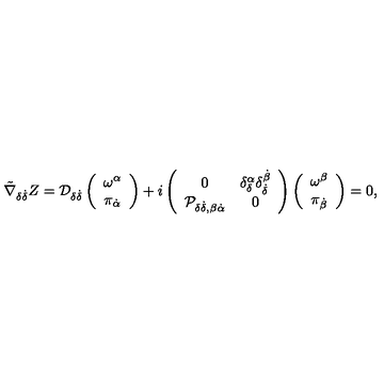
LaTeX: \tilde { \nabla } _ { \delta \dot { \delta } } Z = { \cal D } _ { \delta \dot { \delta } } \left( \begin{array} { c } { \omega ^ { \alpha } } \\ { \pi _ { \dot { \alpha } } } \\ \end{array} \right) + i \left( \begin{array} { c c } { 0 } & { \delta _ { \delta } ^ { \alpha } \delta _ { \dot { \delta } } ^ { \dot { \beta } } } \\ { { \cal P } _ { \delta \dot { \delta } , \beta \dot { \alpha } } } & { 0 } \\ \end{array} \right) \left( \begin{array} { c } { \omega ^ { \beta } } \\ { \pi _ { \dot { \beta } } } \\ \end{array} \right) = 0 ,